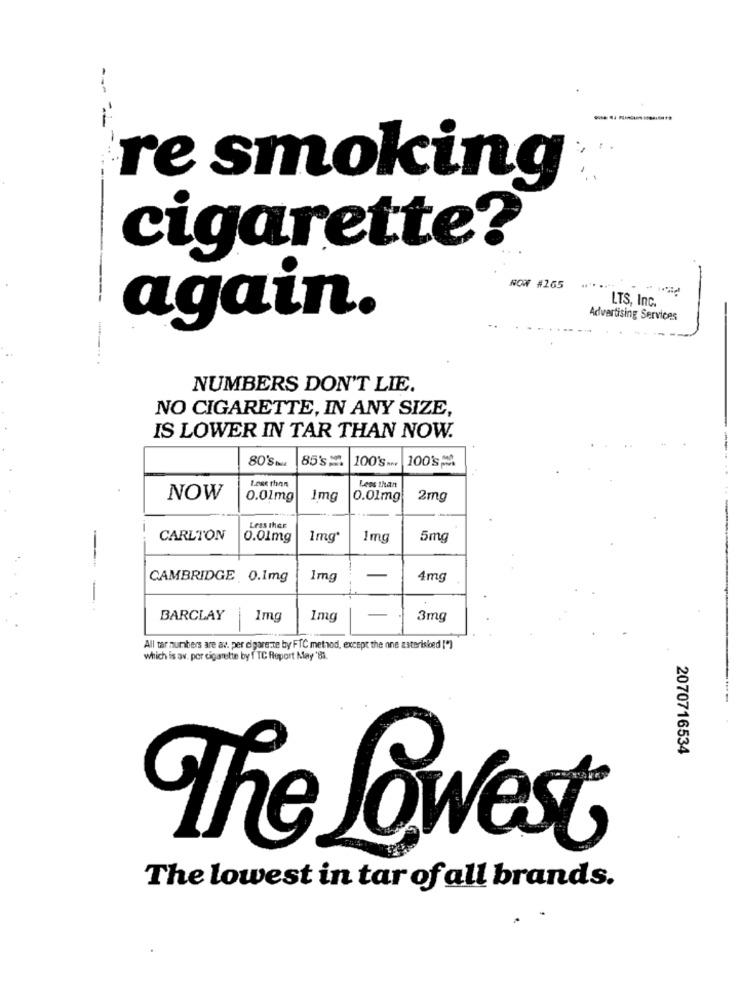
re smoking
cigarette?
NOW #165
LTS, Inc.
Advertising Services
again.
NUMBERS DON'T LIE.
NO CIGARETTE, IN ANY SIZE,
IS LOWER IN TAR THAN NOW.
80'S bull
85's
100'S.
100's
Less than
Less than
NOW
0.01mg
1mg
0.01mg
2mg
Less ther
CARLTON
0.01mg
1mg*
1mg
5mg
CAMBRIDGE 0.1mg
1mg
4mg
-
BARCLAY
1mg
1mg
3mg
-
All tar numbers are as, per cigarette by FTC method, except the one asterisked [")
which is av. por cigarette by f TC Report May '81.
2070716534
The Lowest
The lowest in tar of all brands.